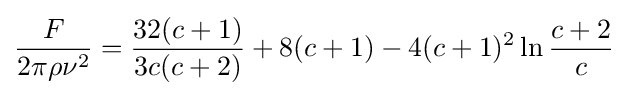
{\frac {F}{2\pi \rho \nu ^{2}}}={\frac {32(c+1)}{3c(c+2)}}+8(c+1)-4(c+1)^{2}\ln {\frac {c+2}{c}}